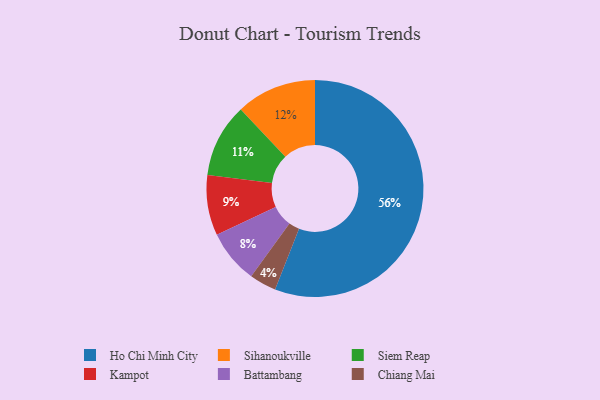
{"axis": {"x": "Category", "y": "Percentage"}, "legend": ["Battambang", "Chiang Mai", "Ho Chi Minh City", "Kampot", "Siem Reap", "Sihanoukville"], "data": [{"x": "Ho Chi Minh City", "y": 56, "type": "Ho Chi Minh City"}, {"x": "Chiang Mai", "y": 4, "type": "Chiang Mai"}, {"x": "Siem Reap", "y": 11, "type": "Siem Reap"}, {"x": "Kampot", "y": 9, "type": "Kampot"}, {"x": "Battambang", "y": 8, "type": "Battambang"}, {"x": "Sihanoukville", "y": 12, "type": "Sihanoukville"}]}